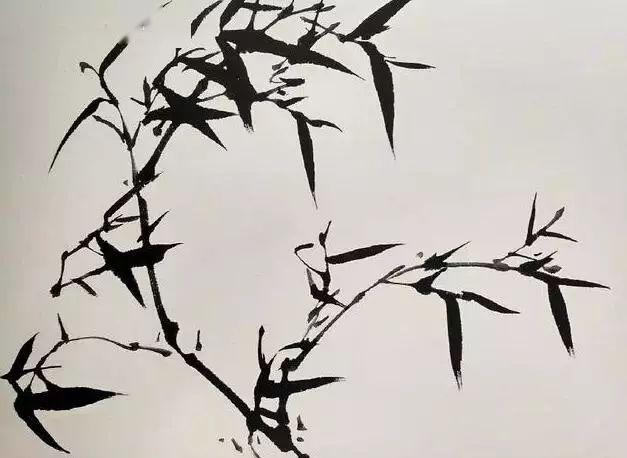
上窗风动竹，月微明。